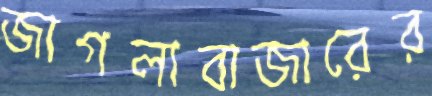
জাগলাবাজারের